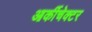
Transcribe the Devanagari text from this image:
आर्कीचेक्टर